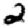
Digit: 2